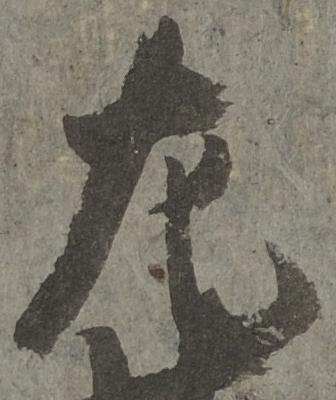
左